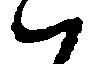
ハ